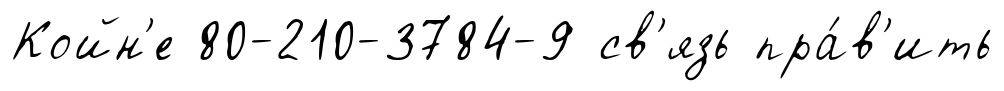
Койн'е 80-210-3784-9 св'язь пра́в'ить